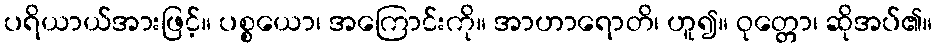
ပရိယာယ်အားဖြင့်။ ပစ္စယော၊ အကြောင်းကို။ အာဟာရောတိ၊ ဟူ၍။ ဝုတ္တော၊ ဆိုအပ်၏။